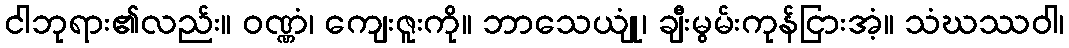
ငါဘုရား၏လည်း။ ဝဏ္ဏံ၊ ကျေးဇူးကို။ ဘာသေယျုံ၊ ချီးမွမ်းကုန်ငြားအံ့။ သံဃဿဝါ၊